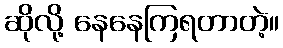
ဆိုလို့ နေနေကြရတာတဲ့။